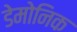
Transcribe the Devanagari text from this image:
डेमोनिक